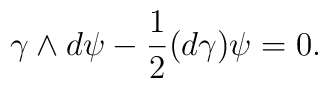
\gamma\wedge d\psi - {1\over 2}(d\gamma)\psi = 0.